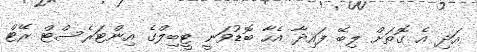
އަދި އެ ގޮތަށް ލިބޭ ފައިދާ އެހާ ބޮޑުވަނީ ޓީބިލްގެ އިންޓަރެސްޓް ރޭޓް